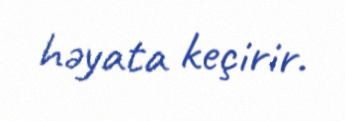
həyata keçirir.